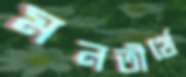
মনতীর্থে